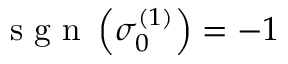
\textrm { s g n } \left( \sigma _ { 0 } ^ { ( 1 ) } \right) = - 1